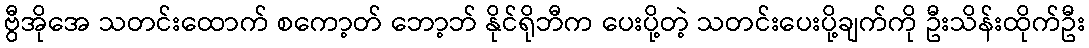
ဗွီအိုအေ သတင်းထောက် စကော့တ် ဘော့ဘ် နိုင်ရိုဘီက ပေးပို့တဲ့ သတင်းပေးပို့ချက်ကို ဦးသိန်းထိုက်ဦး